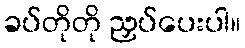
ခပ်တိုတို ညှပ်ပေးပါ။